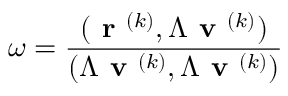
\omega = \frac { ( \textbf { r } ^ { ( k ) } , \Lambda \textbf { v } ^ { ( k ) } ) } { ( \Lambda \textbf { v } ^ { ( k ) } , \Lambda \textbf { v } ^ { ( k ) } ) }